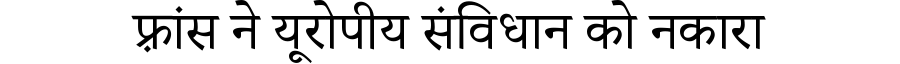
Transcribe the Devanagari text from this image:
फ़्रांस ने यूरोपीय संविधान को नकारा